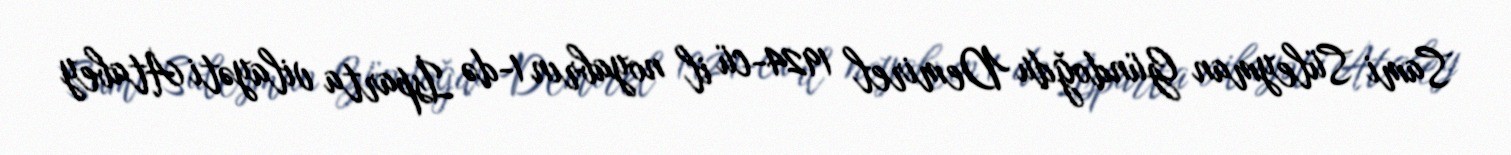
Sami Süleyman Gündoğdu Demirel 1924-cü il noyabrın 1-də İsparta vilayəti Atabey